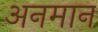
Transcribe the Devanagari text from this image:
अनमान